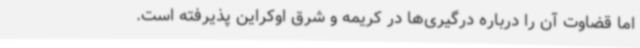
اما قضاوت آن را درباره درگیری‌ها در کریمه و شرق اوکراین پذیرفته است.